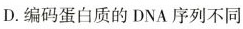
D.编码蛋白质的DNA序列不同